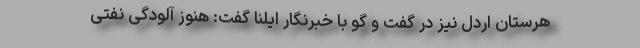
هرستان اردل نیز در گفت و گو با خبرنگار ایلنا گفت: هنوز آلودگی نفتی